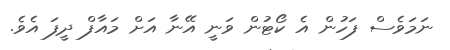
ނަމަވެސް ފަހުން އެ ކޯޓުން ވަނީ އޭނާ އަށް މައާފް ދީފަ އެވެ.